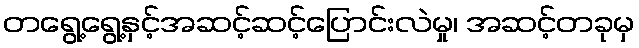
တရွေ့ရွေ့နှင့်အဆင့်ဆင့်ပြောင်းလဲမှု၊ အဆင့်တခုမှ